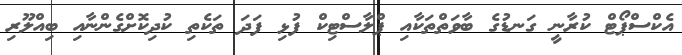
އެކްސްޕޯޓް ކުރާނީ ގަނޑުގެ ބާވަތްތަކާއި ޕްލާސްޓިކް ފުޅި ފަދަ ތަކެތި ކުދިކޮށްގެންނާއި ބިއްލޫރި